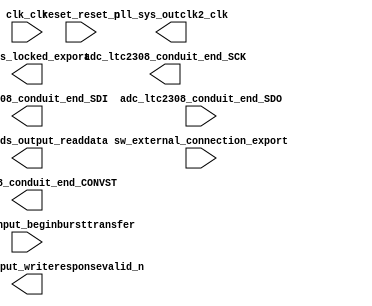

module DE0_NANO_SOC_QSYS (
	adc_ltc2308_conduit_end_CONVST,
	adc_ltc2308_conduit_end_SCK,
	adc_ltc2308_conduit_end_SDI,
	adc_ltc2308_conduit_end_SDO,
	avalon_echo_input_beginbursttransfer,
	avalon_leds_output_readdata,
	avalon_trig_output_writeresponsevalid_n,
	clk_clk,
	pll_sys_locked_export,
	pll_sys_outclk2_clk,
	reset_reset_n,
	sw_external_connection_export);	

	output		adc_ltc2308_conduit_end_CONVST;
	output		adc_ltc2308_conduit_end_SCK;
	output		adc_ltc2308_conduit_end_SDI;
	input		adc_ltc2308_conduit_end_SDO;
	input		avalon_echo_input_beginbursttransfer;
	output	[7:0]	avalon_leds_output_readdata;
	output		avalon_trig_output_writeresponsevalid_n;
	input		clk_clk;
	output		pll_sys_locked_export;
	output		pll_sys_outclk2_clk;
	input		reset_reset_n;
	input	[3:0]	sw_external_connection_export;
endmodule